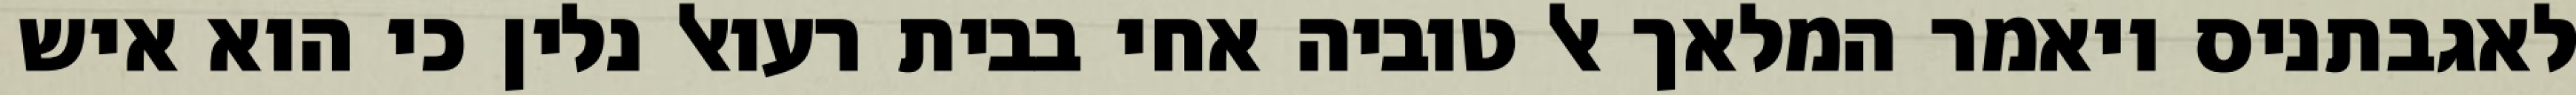
לאגבתניס ויאמר המלאך אל טוביה אחי בבית רעואל נלין כי הוא איש